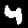
Label: 4